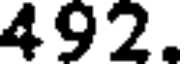
492.